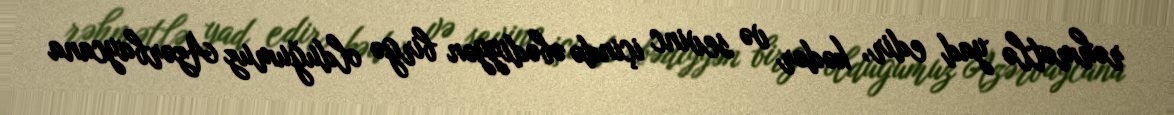
rəhmətlə yad edir, kədər və sevinc içində əbədiyyən birgə olduğumuz Azərbaycana